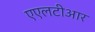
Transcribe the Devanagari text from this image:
एएलटीआर